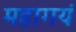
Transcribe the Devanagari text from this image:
महागयं